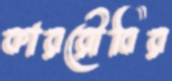
কাররৌবির